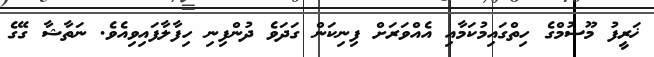
ޚަރީފު މޫސުމްގެ ހިތްގައިމުކަމާއި އެއްވަރަށް ފިނިކަން ގަދަވެ ދުންފިނި ހިފާލާފައިވިއެވެ. ނަތާޝާ ގޭގެ